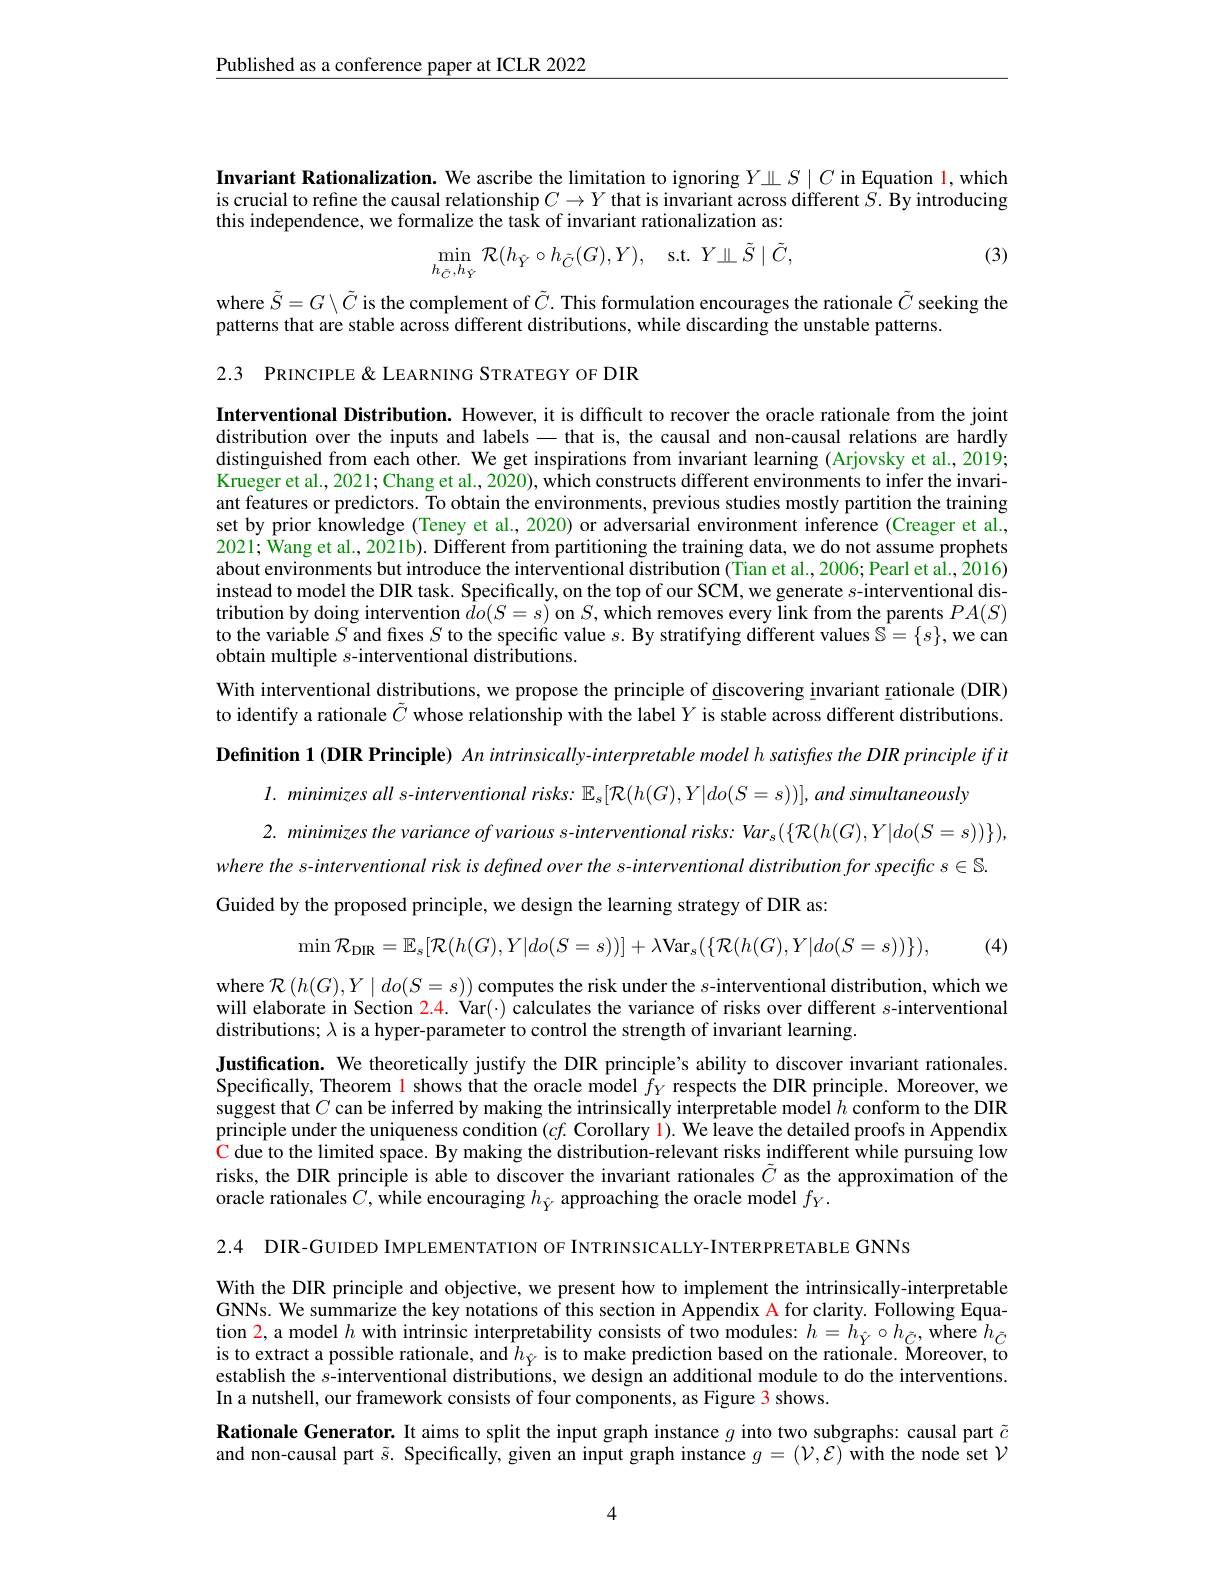
Published as a conference paper at ICLR 2022

Invariant Rationalization. We ascribe the limitation to ignoring $Y\amalg S\mid C$ in Equation l, which is crucial to refine the causal relationship $C\to Y$ that is invariant across different $S.$ By introducing this independence, we formalize the task of invariant rationalization as:
$$\min_{h_{\tilde{C}},h_{\hat{Y}}}\mathcal{R}(h_{\hat{Y}}\circ h_{\tilde{C}}(G),Y),\quad\mathrm{s.t.}\:Y\amalg\tilde{S}\mid\tilde{C},$$
(3)

where $\tilde{S}=G\setminus\tilde{C}$ is the complement of $\tilde{C}.$ This formulation encourages the rationale $\tilde{C}$ seeking the
patterns that are stable across different distributions, while discarding the unstable patterns.
2.3 PRINCIPLE &LEARNING STRATEGY OF DIR

Interventional Distribution. However, it is difficult to recover the oracle rationale from the joint distribution over the inputs and labels-that is, the causal and non-causal relations are hardly distinguished from each other. We get inspirations from invariant learning (Arjovsky et al., 2019; Krueger et al., 2021; Chang et al., 2020), which constructs different environments to infer the invariant features or predictors. To obtain the environments, previous studies mostly partition the training set by prior knowledge (Teney et al., 2020) or adversarial environment inference (Creager et al., 2021; Wang et al., 2021b). Different from partitioning the training data, we do not assume prophets about environments but introduce the interventional distribution (Tian et al., 2006; Pearl et al., $\bar{2}016)$ instead to model the DIR task. Specifically, on the top of our SCM, we generate $s$-interventional distribution by doing intervention $\bar{d}o(S=s)$ on $S$,which removes every link from the parents $PA(S)$ to the variable $S$ and fixes $S$ to the specific value $s.$ By stratifying different values $\mathbb{S}=\{s\}$, we can obtain multiple $s$-interventional distributions.
With interventional distributions, we propose the principle of discovering invariant rationale (DIR) to identify a rationale $\tilde{C}$ whose relationship with the label $Y$ is stable across different distributions. Definition 1 (DIR Principle) An intrinsically-interpretable model h satisfies the DIR principle if it
$l.$ minimizes all s-interventional risks: $\mathbb{E}_s[\mathcal{R}(h(G),Y|do(S=s))],and$ simultaneously
2. minimizes the variance of various s-interventional risks: Var s $(\{\mathcal{R}(h(G),Y|do(S=s))\})$, where the s-interventional risk is defined over the s-interventional distribution for specific $s\in\mathbb{S}.$ Guided by the proposed principle, we design the learning strategy of DIR as:
(4)
$$\min\mathcal{R}_{\mathrm{DIR}}=\mathbb{E}_{s}[\mathcal{R}(h(G),Y|do(S=s))]+\lambda\mathrm{Var}_{s}(\{\mathcal{R}(h(G),Y|do(S=s))\}),$$
where $\mathcal{R}\left(h(G),Y\mid do(S=s)\right)$ computes the risk under the $s-$interventional distribution, which we will elaborate in Section 2.4. Var(-) calculates the variance of risks over different $s$-interventional distributions; $\lambda$ is a hyper-parameter to control the strength of invariant learning.

Justification. We theoretically justify the DIR principle's ability to discover invariant rationales. Specifically, Theorem l shows that the oracle model $\bar{f}_Y$ respects the DIR principle. Moreover, we suggest that $C$ can be inferred by making the intrinsically interpretable model $h$ conform to the DIR principle under the uniqueness condition $( cf. \textbf{Corollary l}) .$ We leave the detailed proofs in Appendix C due to the limited space. By making the distribution-relevant risks indifferent while pursuing low risks, the DIR principle is able to discover the invariant rationales $\tilde{C}$ as the approximation of the oracle rationales $C$, while encouraging $h_\hat{Y}$ approaching the oracle model $f_Y.$

2.4 DIR-GUIDED IMPLEMENTATION OF INTRINSICALLY-INTERPRETABLE GNNS

With the DIR principle and objective, we present how to implement the intrinsically-interpretable GNNs. We summarize the key notations of this section in Appendix A for clarity. Following Equation 2, a model $h$ with intrinsic interpretability consists of two modules: $h=\dot{h}_{\hat{Y}}\circ h_{\bar{C}}$, where $h_{\tilde{C}}$is to extract a possible rationale, and $h_{\hat{Y}}$ is to make prediction based on the rationale. Moreover, to establish the $s$-interventional distributions, we design an additional module to do the interventions. In a nutshell, our framework consists of four components, as Figure 3 shows.

Rationale Generator. It aims to split the input graph instance $g$ into two subgraphs: causal part $\tilde{c}$ and non-causal part $\tilde{s}.$ Specifically, given an input graph instance $g=(\mathcal{V},\mathcal{E})$ with the node set $\mathcal{V}$

4